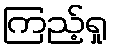
ကြည့်ရှု